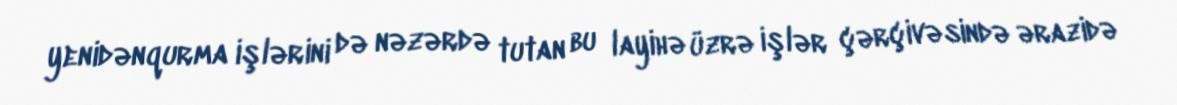
yenidənqurma işlərini də nəzərdə tutan bu layihə üzrə işlər çərçivəsində ərazidə